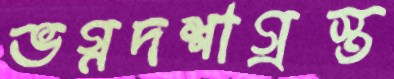
ভগ্নদশাগ্রস্ত